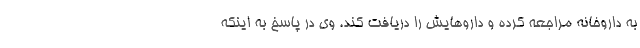
به داروخانه مراجعه کرده و داروهایش را دریافت کند. وی در پاسخ به اینکه